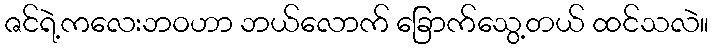
ဇင်ရဲ့ကလေးဘဝဟာ ဘယ်လောက် ခြောက်သွေ့တယ် ထင်သလဲ။